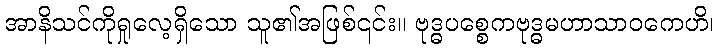
အာနိသင်ကိုရှုလေ့ရှိသော သူ၏အဖြစ်၎င်း။ ဗုဒ္ဓပစ္စေကဗုဒ္ဓမဟာသာဝကေဟိ၊